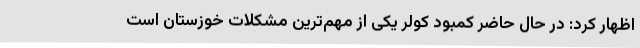
اظهار کرد: در حال حاضر کمبود کولر یکی از مهم‌ترین مشکلات خوزستان است